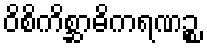
ဝိစိကိစ္ဆာဓိကရဏဉ္စ